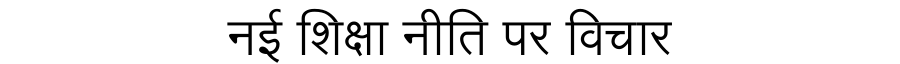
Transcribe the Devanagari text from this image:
नई शिक्षा नीति पर विचार